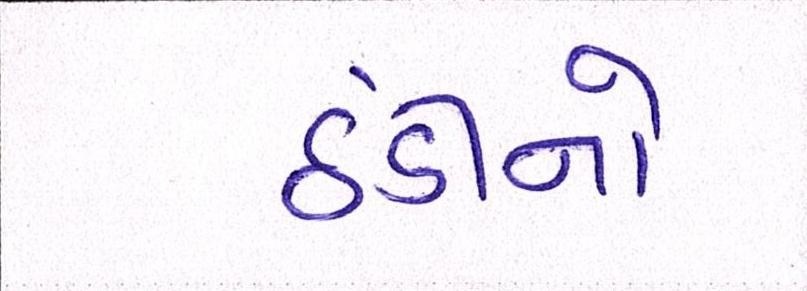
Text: ઠંડીનો